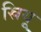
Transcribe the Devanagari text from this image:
स्रियू